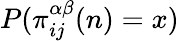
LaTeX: P(\pi_{ij}^{\alpha\beta}(n)=x)